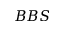
B B S